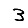
Digit: 3